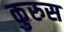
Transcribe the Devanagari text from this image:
कुरुस